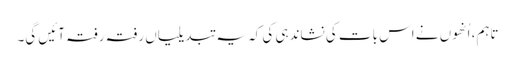
تاہم، اُنھوں نے اس بات کی نشاندہی کی کہ یہ تبدیلیاں رفتہ رفتہ آئیں گی۔